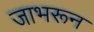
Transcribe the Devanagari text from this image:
जाभरून